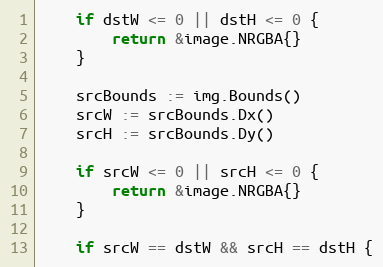
Language: Go
	if dstW <= 0 || dstH <= 0 {
		return &image.NRGBA{}
	}

	srcBounds := img.Bounds()
	srcW := srcBounds.Dx()
	srcH := srcBounds.Dy()

	if srcW <= 0 || srcH <= 0 {
		return &image.NRGBA{}
	}

	if srcW == dstW && srcH == dstH {